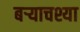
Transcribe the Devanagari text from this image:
बर्‍याचश्या